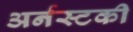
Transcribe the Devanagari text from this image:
अर्नस्टकी